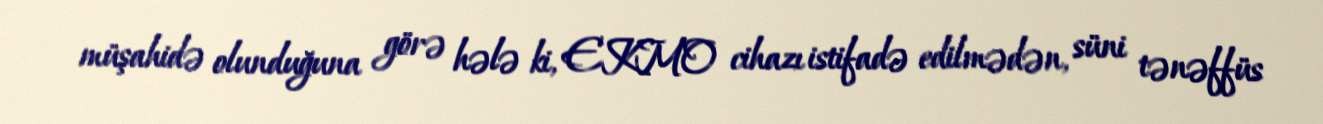
müşahidə olunduğuna görə hələ ki, EKMO cihazı istifadə edilmədən, süni tənəffüs